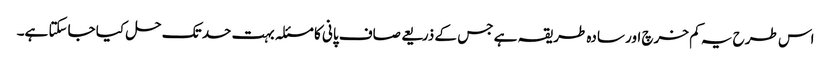
اس طرح یہ کم خرچ اور سادہ طریقہ ہے جس کے ذریعے صاف پانی کا مسئلہ بہت حد تک حل کیا جاسکتا ہے۔